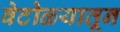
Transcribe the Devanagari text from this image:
वेटोळ्यातून